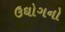
ઉઘોગનો